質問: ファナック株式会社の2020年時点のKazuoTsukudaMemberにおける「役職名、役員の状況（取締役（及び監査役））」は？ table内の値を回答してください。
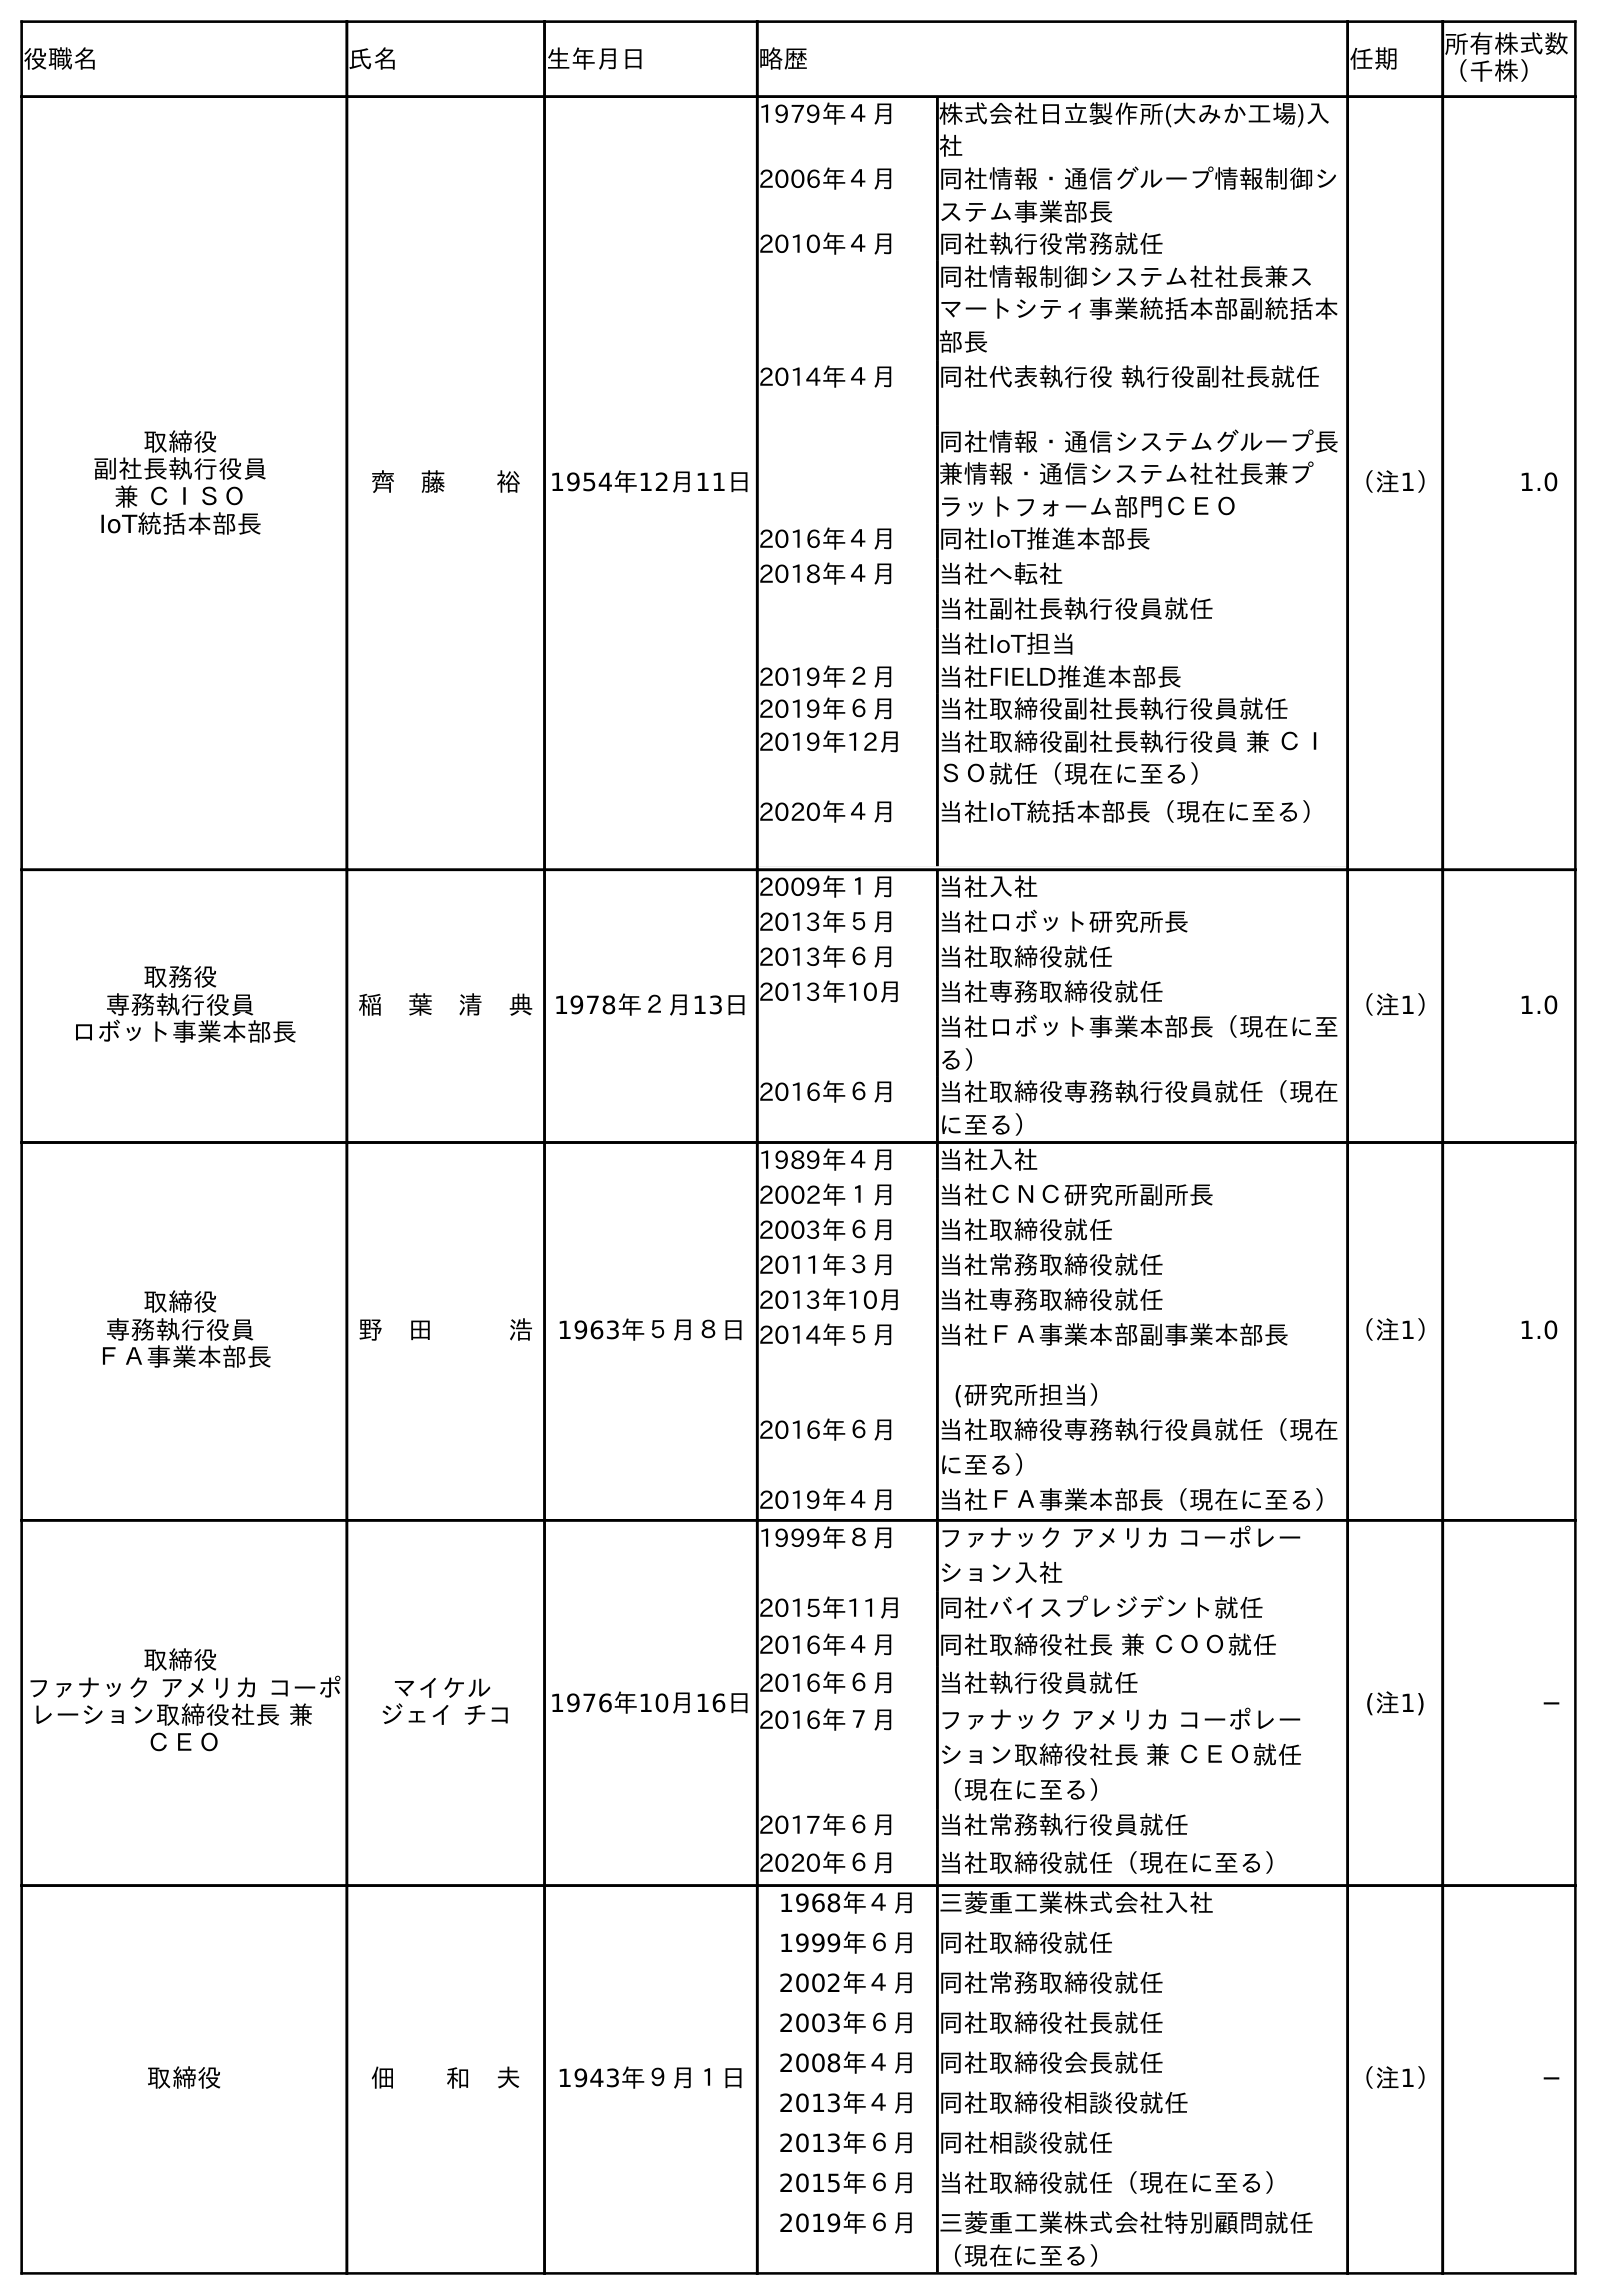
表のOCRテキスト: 役職名 氏名 生年月日 略歴 任期 所有株式数 （千株） 取締役 副社長執行役員 兼 ＣＩＳＯ IoT統括本部長 齊 藤  裕 1954年12月11日 1979年４月 株式会社日立製作所(大みか工場)入 社 2006年４月 同社情報・通信グループ情報制御シ ステム事業部長 2010年４月 同社執行役常務就任 同社情報制御システム社社長兼ス マートシティ事業統括本部副統括本 部長 2014年４月 同社代表執行役 執行役副社長就任 同社情報・通信システムグループ長 兼情報・通信システム社社長兼プ ラットフォーム部門ＣＥＯ 2016年４月 同社IoT推進本部長 2018年４月 当社へ転社 当社副社長執行役員就任 当社IoT担当 2019年２月 当社FIELD推進本部長 2019年６月 当社取締役副社長執行役員就任 2019年12月 当社取締役副社長執行役員 兼 ＣＩ ＳＯ就任（現在に至る） 2020年４月 当社IoT統括本部長（現在に至る） （注1） 1.0 取務役 専務執行役員 ロボット事業本部長 稲 葉 清 典 1978年２月13日 2009年１月 当社入社 2013年５月 当社ロボット研究所長 2013年６月 当社取締役就任 2013年10月 当社専務取締役就任 当社ロボット事業本部長（現在に至 る） 2016年６月 当社取締役専務執行役員就任（現在 に至る） （注1） 1.0 取締役 専務執行役員 ＦＡ事業本部長 野 田   浩 1963年５月８日 1989年４月 当社入社 2002年１月 当社ＣＮＣ研究所副所長 2003年６月 当社取締役就任 2011年３月 当社常務取締役就任 2013年10月 当社専務取締役就任 2014年５月 当社ＦＡ事業本部副事業本部長 (研究所担当） 2016年６月 当社取締役専務執行役員就任（現在 に至る） 2019年４月 当社ＦＡ事業本部長（現在に至る） （注1） 1.0 取締役 ファナック アメリカ コーポ レーション取締役社長 兼  ＣＥＯ マイケル ジェイ チコ 1976年10月16日 1999年８月 ファナック アメリカ コーポレー ション入社 2015年11月 同社バイスプレジデント就任 2016年４月 同社取締役社長 兼 ＣＯＯ就任 2016年６月 当社執行役員就任 2016年７月 ファナック アメリカ コーポレー ション取締役社長 兼 ＣＥＯ就任 （現在に至る） 2017年６月 当社常務執行役員就任 2020年６月 当社取締役就任（現在に至る） (注1) ─ 取締役 佃  和 夫 1943年９月１日 1968年４月 三菱重工業株式会社入社 1999年６月 同社取締役就任 2002年４月 同社常務取締役就任 2003年６月 同社取締役社長就任 2008年４月 同社取締役会長就任 2013年４月 同社取締役相談役就任 2013年６月 同社相談役就任 2015年６月 当社取締役就任（現在に至る） 2019年６月 三菱重工業株式会社特別顧問就任 （現在に至る） （注1） ─
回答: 取締役